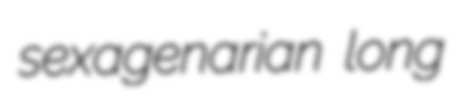
sexagenarian long